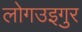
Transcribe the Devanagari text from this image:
लोगउइगुर